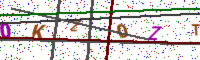
Text: 0KZ0ZTH